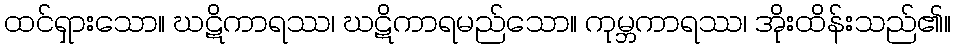
ထင်ရှားသော။ ဃဋိကာရဿ၊ ဃဋိကာရမည်သော။ ကုမ္ဘကာရဿ၊ အိုးထိန်းသည်၏။